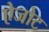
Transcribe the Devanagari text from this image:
ऐजोट